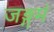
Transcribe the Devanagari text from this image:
जङ्गमं